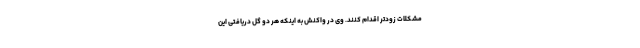
مشکلات زودتر اقدام کنند. وی در واکنش به اینکه هر دو گل دریافتی این